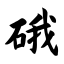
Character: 硪